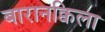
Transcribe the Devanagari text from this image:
बारानक्विला